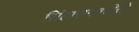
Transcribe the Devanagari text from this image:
सिंहासनबत्तीसी